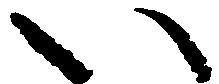
い